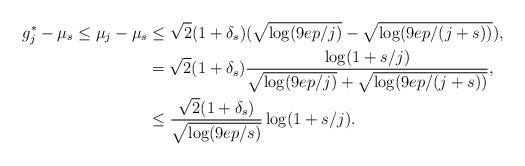
LaTeX: \begin{align*} g_j^* - \mu_{s} \le \mu_j - \mu_{s} &\le \sqrt 2 (1+\delta_{s})(\sqrt{\log(9ep/j)} - \sqrt{\log(9ep/(j+s))}),\\ &= \sqrt 2 (1+\delta_{s})\frac{\log(1+s/j)}{\sqrt{\log(9ep/j)}+\sqrt{\log(9ep/(j+s))}}, \\ &\le \frac{\sqrt 2 (1+\delta_{s})}{\sqrt{\log(9ep/s)}} \log(1+s/j). \end{align*}